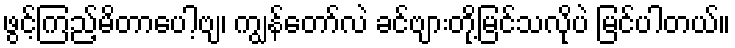
ဖွင့်ကြည့်မိတာပေါ့ဗျ၊ ကျွန်တော်လဲ ခင်ဗျားတို့မြင်သလိုပဲ မြင်ပါတယ်။